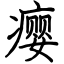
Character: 瘿